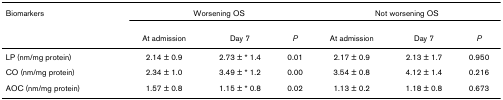
<table><thead><tr><td><b>Biomarkers</b></td><td colspan="3"><b>Worsening OS</b></td><td colspan="3"><b>Not worsening OS</b></td></tr><tr><td></td><td><b>At admission</b></td><td><b>Day 7</b></td><td><b><i>P</i></b></td><td><b>At admission</b></td><td><b>Day 7</b></td><td><b><i>P</i></b></td></tr></thead><tbody><tr><td>LP (nm/mg protein)</td><td>2.14 ± 0.9</td><td>2.73 ± * 1.4</td><td>0.01</td><td>2.17 ± 0.9</td><td>2.13 ± 1.7</td><td>0.950</td></tr><tr><td>CO (nm/mg protein)</td><td>2.34 ± 1.0</td><td>3.49 ± * 1.2</td><td>0.00</td><td>3.54 ± 0.8</td><td>4.12 ± 1.4</td><td>0.216</td></tr><tr><td>AOC (nm/mg protein)</td><td>1.57 ± 0.8</td><td>1.15 ± * 0.8</td><td>0.02</td><td>1.13 ± 0.2</td><td>1.18 ± 0.8</td><td>0.673</td></tr></tbody></table>